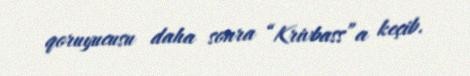
qoruyucusu daha sonra “Krivbass”a keçib.